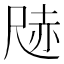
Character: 𭕢